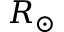
R _ { \odot }